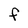
Character: f